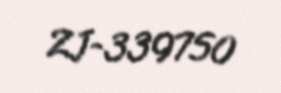
ZJ-339750